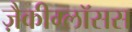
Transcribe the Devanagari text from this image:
ज़ैकीग्लॉसस